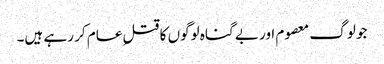
جو لوگ معصوم اور بے گناہ لوگوں کا قتلِ عام کر رہے ہیں۔